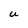
Character: U